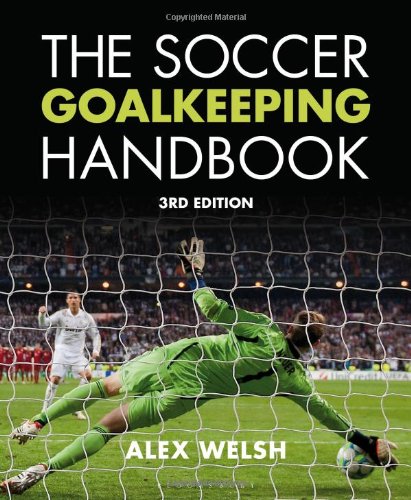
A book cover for The Soccer Goalkeeping Handbook 3rd Edition; Alex Welsh; Sports & Outdoors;